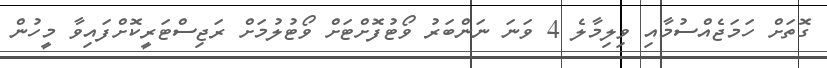
ގޮތަށް ހަމަޖެއްސުމާއި ވިލިމާލެ 4 ވަނަ ނަންބަރު ވޯޓުފޮށްޓަށް ވޯޓުލުމަށް ރަޖިސްޓަރީކޮށްފައިވާ މީހުން